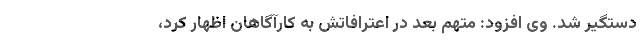
دستگیر شد. وی افزود: متهم بعد در اعترافاتش به کارآگاهان اظهار کرد،